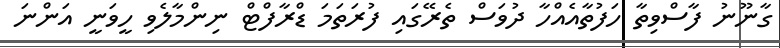
ގާނޫނު ފާސްވިތާ ހަފުތާއެއްހާ ދުވަސް ތެރޭގައި ފުރަތަމަ ޑްރާފްޓް ނިންމާލެވި ހީވަނީ އަންނަ